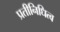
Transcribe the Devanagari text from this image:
प्रतीनिधित्व